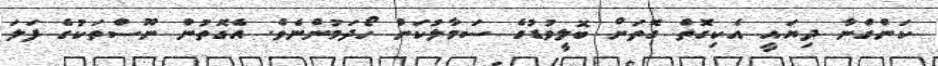
ކަންގްނާ ދިޔައީ އެކިގޮތް ގޮތަށް ބޮލީވުޑުގެ ސަމާލުކަން ހޯދަމުންނެވެ. އެގޮތުން ނޫސްތަކުގެ ފަލަ